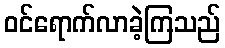
ဝင်ရောက်လာခဲ့ကြသည်